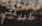
طريقتي